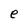
Character: e